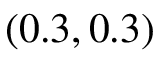
( 0 . 3 , 0 . 3 )